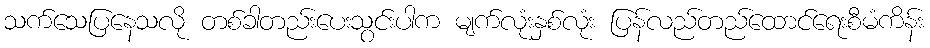
သက်သေပြနေသလို တစ်ခါတည်းပေးသွင်းပါက မျက်လုံးနှစ်လုံး ပြန်လည်တည်ထောင်ရေးစီမံကိန်း